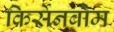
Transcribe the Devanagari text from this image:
किर्सेनबौम